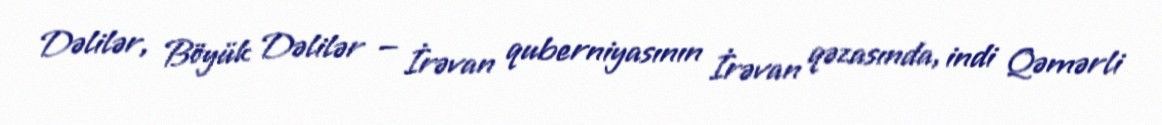
Dəlilər, Böyük Dəlilər — İrəvan quberniyasının İrəvan qəzasında, indi Qəmərli